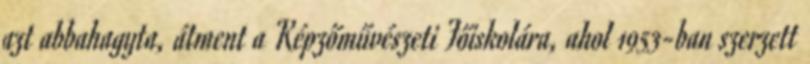
azt abbahagyta, átment a Képzőművészeti Főiskolára, ahol 1953-ban szerzett